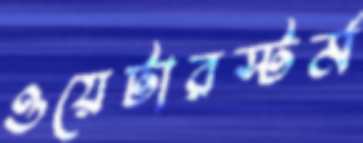
ওয়েটারস্টর্ম